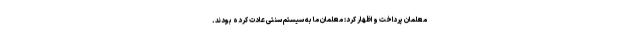
معلمان پرداخت و اظهار کرد: معلمان ما به سیستم سنتی عادت کرده بودند.